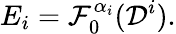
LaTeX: E_{i}=\mathcal{F}_{0}^{\alpha_{i}}(\mathcal{D}^{i}).